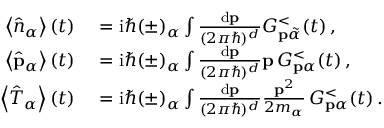
\begin{array} { r l } { \left\langle \hat { n } _ { \alpha } \right\rangle ( t ) } & { { } = \mathrm { i } \hbar ( \pm ) _ { \alpha } \int \frac { \mathrm { d } \mathbf { p } } { ( 2 \pi \hbar ) ^ { d } } G _ { \mathbf { p } \tilde { \alpha } } ^ { < } ( t ) \, , } \\ { \left\langle \hat { \mathbf { p } } _ { \alpha } \right\rangle ( t ) } & { { } = \mathrm { i } \hbar ( \pm ) _ { \alpha } \int \frac { \mathrm { d } \mathbf { p } } { ( 2 \pi \hbar ) ^ { d } } \mathbf { p } \, G _ { \mathbf { p } \alpha } ^ { < } ( t ) \, , } \\ { \left\langle \hat { T } _ { \alpha } \right\rangle ( t ) } & { { } = \mathrm { i } \hbar ( \pm ) _ { \alpha } \int \frac { \mathrm { d } \mathbf { p } } { ( 2 \pi \hbar ) ^ { d } } \frac { \mathbf { p } ^ { 2 } } { 2 m _ { \alpha } } \, G _ { \mathbf { p } \alpha } ^ { < } ( t ) \, . } \end{array}